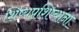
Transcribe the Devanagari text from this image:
शिष्यप्रशिष्यांना